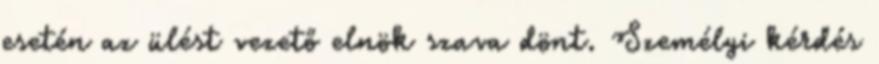
esetén az ülést vezető elnök szava dönt. Személyi kérdés